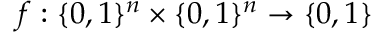
f : \{ 0 , 1 \} ^ { n } \times \{ 0 , 1 \} ^ { n } \rightarrow \{ 0 , 1 \}